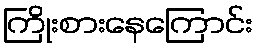
ကြိုးစားနေကြောင်း